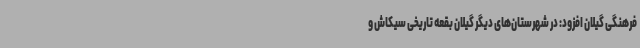
فرهنگی گیلان افزود: در شهرستان‌های دیگر گیلان بقعه تاریخی سیکاش و